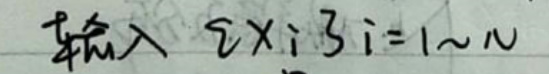
输入 \(2\times i3i = 1\sim N\)